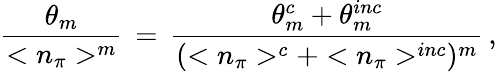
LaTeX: \frac{\theta_{m}}{<n_{\pi}>^{m}}\, =\, \frac{\theta_{m}^{c}+\theta_{m}^{inc}}{(<n_{\pi}>^{c}+<n_{\pi}>^{inc})^{m}}\, ,